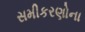
સમીકરણોના